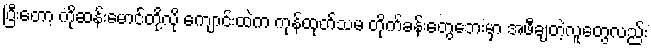
ပြီးတော့ ကိုဆန်းမောင်တို့လို ကျောင်းထဲက ကုန်ထုတ်သမ တိုက်ခန်းတွေဘေးမှာ အဖီချတဲ့လူတွေလည်း